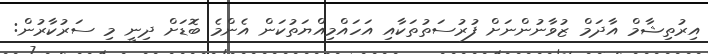
އިރުތިޝާމް އާދަމް ޒުވާނުންނަށް ފުރުސަތުތަކާއި އަހައްމިއްޔަތުކަން އެންމެ ބޮޑަށް ދިނީ މި ސަރުކާރުން: